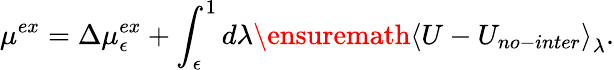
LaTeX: \mu^{ex}=\Delta\mu_{\epsilon}^{ex}+\int_{\epsilon}^{1}d\lambda\ensuremath{\langle{U-U_{no-inter}}\rangle}_{\lambda}.